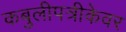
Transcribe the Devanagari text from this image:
कबुलीपत्रीकेवर